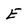
Character: E